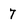
Character: 7